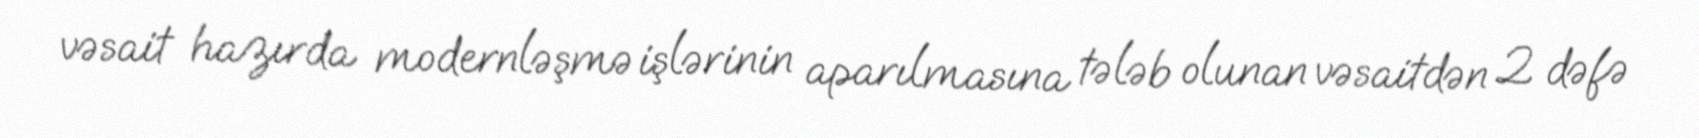
vəsait hazırda modernləşmə işlərinin aparılmasına tələb olunan vəsaitdən 2 dəfə